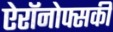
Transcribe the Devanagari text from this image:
ऐरॉनोफ्सकी